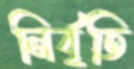
নির্বৃতি